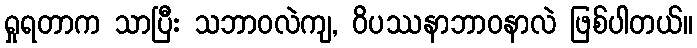
ရှုရတာက သာပြီး သဘာဝလဲကျ, ဝိပဿနာဘာဝနာလဲ ဖြစ်ပါတယ်။